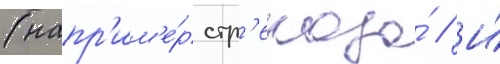
(напр'им'е́р стр'екоза́ // И́